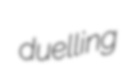
duelling